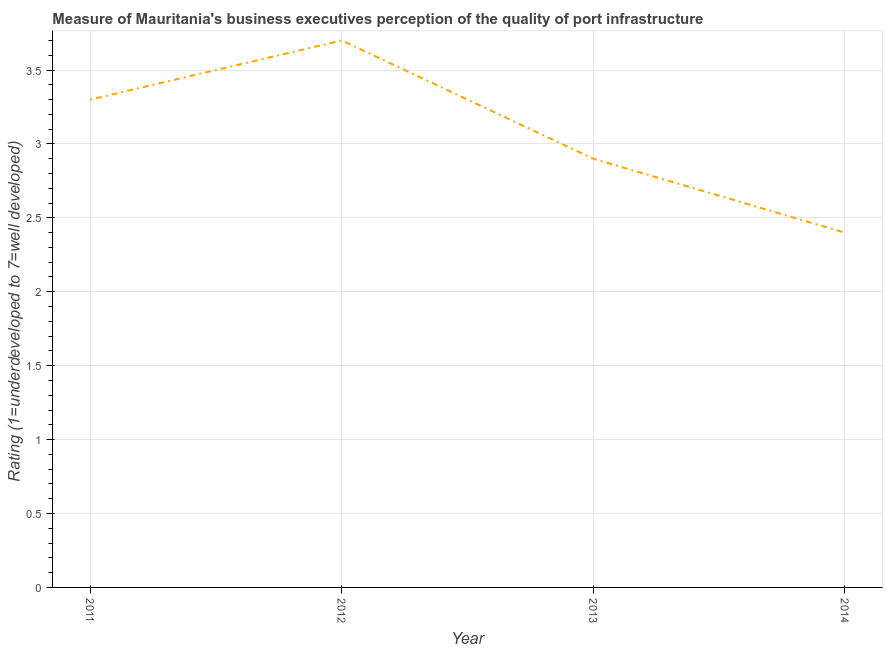
| Year | Quality of port infrastructure |
 | --- | --- |
 | 2011 | 3.3 |
 | 2012 | 3.7 |
 | 2013 | 2.9 |
 | 2014 | 2.4 |